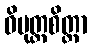
ဝိမုတ္တစိတ္တာ